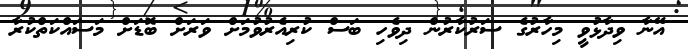
އޭނާ ވިދާޅުވީ މިހާރުގެ ސަރުކާރުން ދިވެހި ބަސް ކުރިއެރުވުމަށް ވަރަށް ބޮޑަށް މަސައްކަތްކުރާ